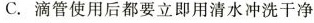
C.滴管使用后都要立即用清水冲洗干净